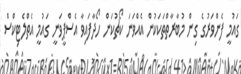
ގައުމީ ފެންވަރުގެ ގިން މުބާރާތްތަކަކުން އެއްވަނަ ކޯޗުކަން ހޯދާފައިވާ އެސްޕީވަނީ ގައުމީ އެތްލެޓިކްސް